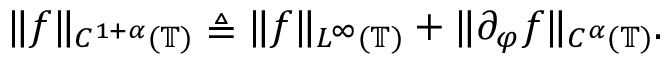
\| f \| _ { C ^ { 1 + \alpha } ( \mathbb { T } ) } \triangleq \| f \| _ { L ^ { \infty } ( \mathbb { T } ) } + \| \partial _ { \varphi } f \| _ { C ^ { \alpha } ( \mathbb { T } ) } .